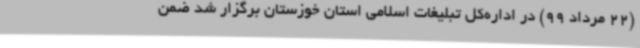
(22 مرداد 99) در اداره‌کل تبلیغات اسلامی استان خوزستان برگزار شد ضمن